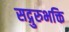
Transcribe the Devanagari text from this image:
सद्गुरुभक्ति